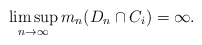
\begin{align*}\limsup_{n \to \infty} m_n(D_n \cap C_i) = \infty.\end{align*}